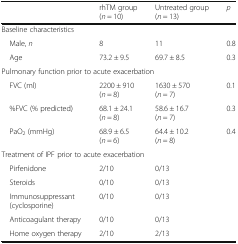
<table><thead><tr><td></td><td><b>rhTM group (<i>n</i> = 10)</b></td><td><b>Untreated group (<i>n</i> = 13)</b></td><td><b><i>p</i></b></td></tr></thead><tbody><tr><td colspan="4">Baseline characteristics</td></tr><tr><td> Male, <i>n</i></td><td>8</td><td>11</td><td>0.8</td></tr><tr><td> Age</td><td>73.2 ± 9.5</td><td>69.7 ± 8.5</td><td>0.3</td></tr><tr><td colspan="4">Pulmonary function prior to acute exacerbation</td></tr><tr><td> FVC (ml)</td><td>2200 ± 910 (<i>n</i> = 8)</td><td>1630 ± 570 (<i>n</i> = 7)</td><td>0.1</td></tr><tr><td> %FVC (% predicted)</td><td>68.1 ± 24.1 (<i>n</i> = 8)</td><td>58.6 ± 16.7 (<i>n</i> = 7)</td><td>0.3</td></tr><tr><td> PaO<sub>2</sub> (mmHg)</td><td>68.9 ± 6.5 (<i>n</i> = 6)</td><td>64.4 ± 10.2 (<i>n</i> = 8)</td><td>0.4</td></tr><tr><td colspan="4">Treatment of IPF prior to acute exacerbation</td></tr><tr><td> Pirfenidone</td><td>2/10</td><td>0/13</td><td></td></tr><tr><td> Steroids</td><td>0/10</td><td>0/13</td><td></td></tr><tr><td> Immunosuppressant (cyclosporine)</td><td>0/10</td><td>0/13</td><td></td></tr><tr><td> Anticoagulant therapy</td><td>0/10</td><td>0/13</td><td></td></tr><tr><td> Home oxygen therapy</td><td>2/10</td><td>2/13</td><td></td></tr></tbody></table>